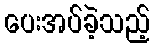
ပေးအပ်ခဲ့သည့်